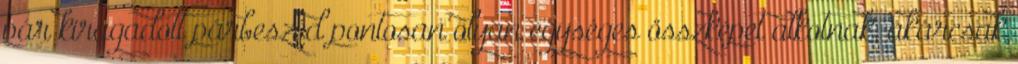
pár kiragadott párbeszéd pontosan olyan egységes összképet alkotnak, akárcsak